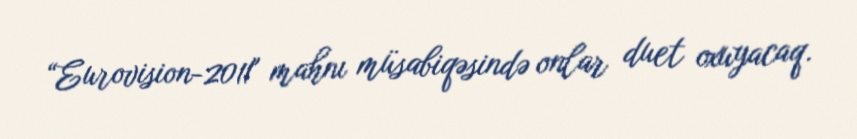
“Eurovision-2011" mahnı müsabiqəsində onlar duet oxuyacaq.